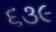
૬૩૯